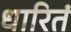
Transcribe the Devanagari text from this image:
धारितं